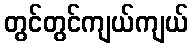
တွင်တွင်ကျယ်ကျယ်